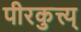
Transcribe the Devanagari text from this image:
पीरकुत्त्य्